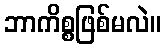
ဘာကိစ္စဖြစ်မလဲ။